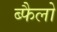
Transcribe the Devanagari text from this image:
ब्फैलो